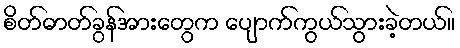
စိတ်ဓာတ်ခွန်အားတွေက ပျောက်ကွယ်သွားခဲ့တယ်။